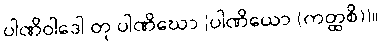
ပါဏိဝါဒေါ တု ပါဏိဃော [ပါဏိယော (ကတ္ထစိ)]။